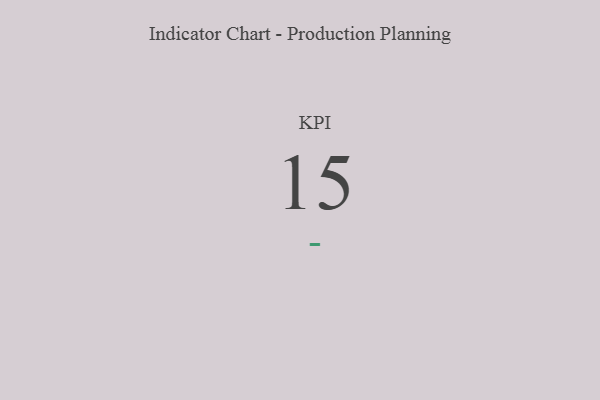
{"axis": {"x": "KPI", "y": "Value"}, "legend": [""], "data": [{"x": "KPI", "y": 15, "type": ""}]}